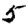
Digit: 5